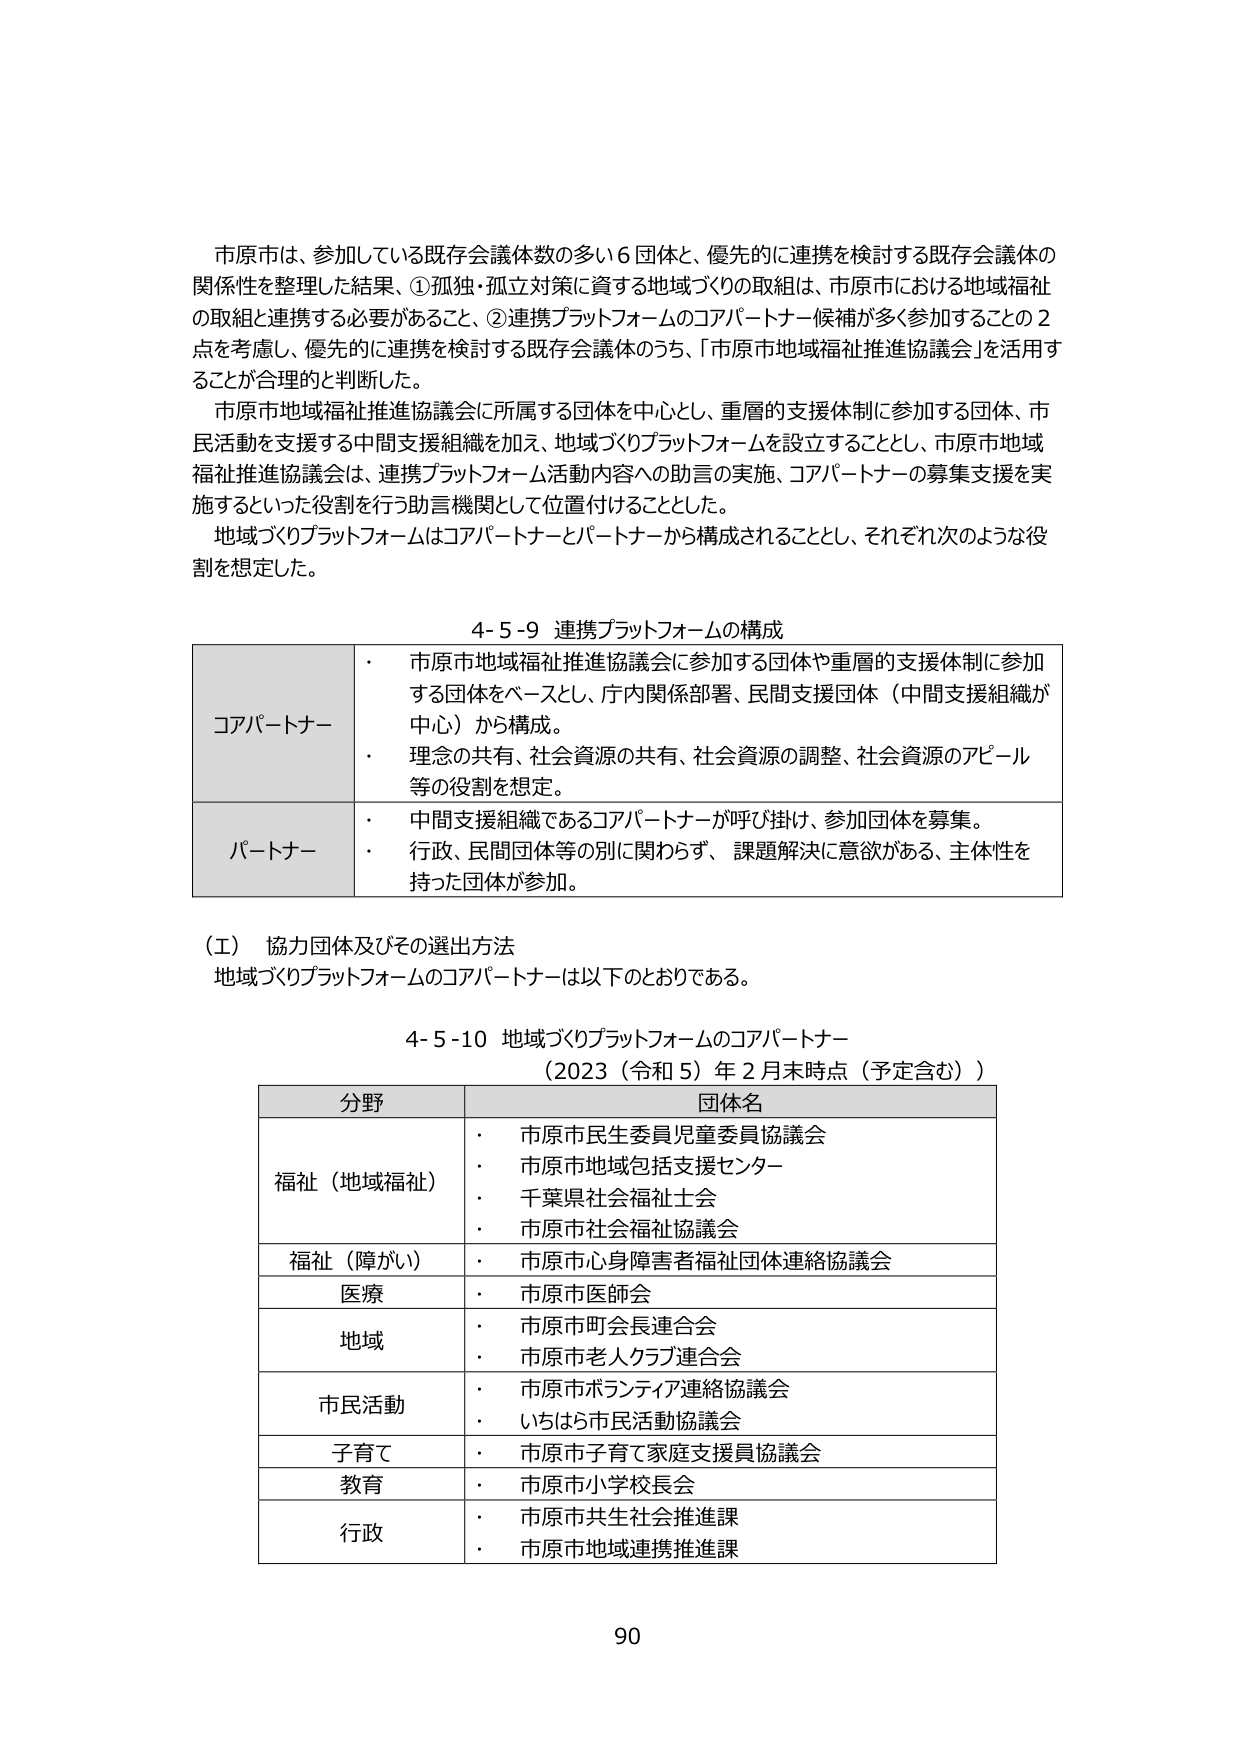
市原市は、参加している既存会議体数の多い6団体と、優先的に連携を検討する既存会議体の関係性を整理した結果、①孤独・孤立対策に資する地域づくりの取組は、市原市における地域福祉の取組と連携する必要があること、②連携プラットフォームのコアパートナー候補が多く参加することの2点を考慮し、優先的に連携を検討する既存会議体のうち、「市原市地域福祉推進協議会」を活用することが合理的と判断した。

市原市地域福祉推進協議会に所属する団体を中心とし、重層的支援体制に参加する団体、市民活動を支援する中間支援組織を加え、地域づくりプラットフォームを設立することとし、市原市地域福祉推進協議会は、連携プラットフォーム活動内容への助言の実施、コアパートナーの募集支援を実施するといった役割を行う助言機関として位置付けることとした。

地域づくりプラットフォームはコアパートナーとパートナーから構成されることとし、それぞれ次のような役割を想定した。

4-5-9 連携プラットフォームの構成

コアパートナー
・ 市原市地域福祉推進協議会に参加する団体や重層的支援体制に参加する団体をベースとし、庁内関係部署、民間支援団体（中間支援組織が中心）から構成。
・ 理念の共有、社会資源の共有、社会資源の調整、社会資源のアピール等の役割を想定。

パートナー
・ 中間支援組織であるコアパートナーが呼び掛け、参加団体を募集。
・ 行政、民間団体等の別に関わらず、課題解決に意欲がある、主体性を持った団体が参加。

(工) 協力団体及びその選出方法
地域づくりプラットフォームのコアパートナーは以下のとおりである。

4-5-10 地域づくりプラットフォームのコアパートナー
（2023（令和5）年2月末時点（予定含む））

分野 団体名
福祉（地域福祉）
・ 市原市民生委員児童委員協議会
・ 市原市地域包括支援センター
・ 千葉県社会福祉士会
・ 市原市社会福祉協議会
福祉（障がい）
・ 市原市心身障害者福祉団体連絡協議会
医療
・ 市原市医師会
地域
・ 市原市町会長連合会
・ 市原市老人クラブ連合会
市民活動
・ 市原市ボランティア連絡協議会
・ いちはら市民活動協議会
子育て
・ 市原市子育て家庭支援員協議会
教育
・ 市原市小学校長会
行政
・ 市原市共生社会推進課
・ 市原市地域連携推進課

90